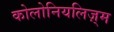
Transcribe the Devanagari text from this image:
कोलोनियलिज़्म